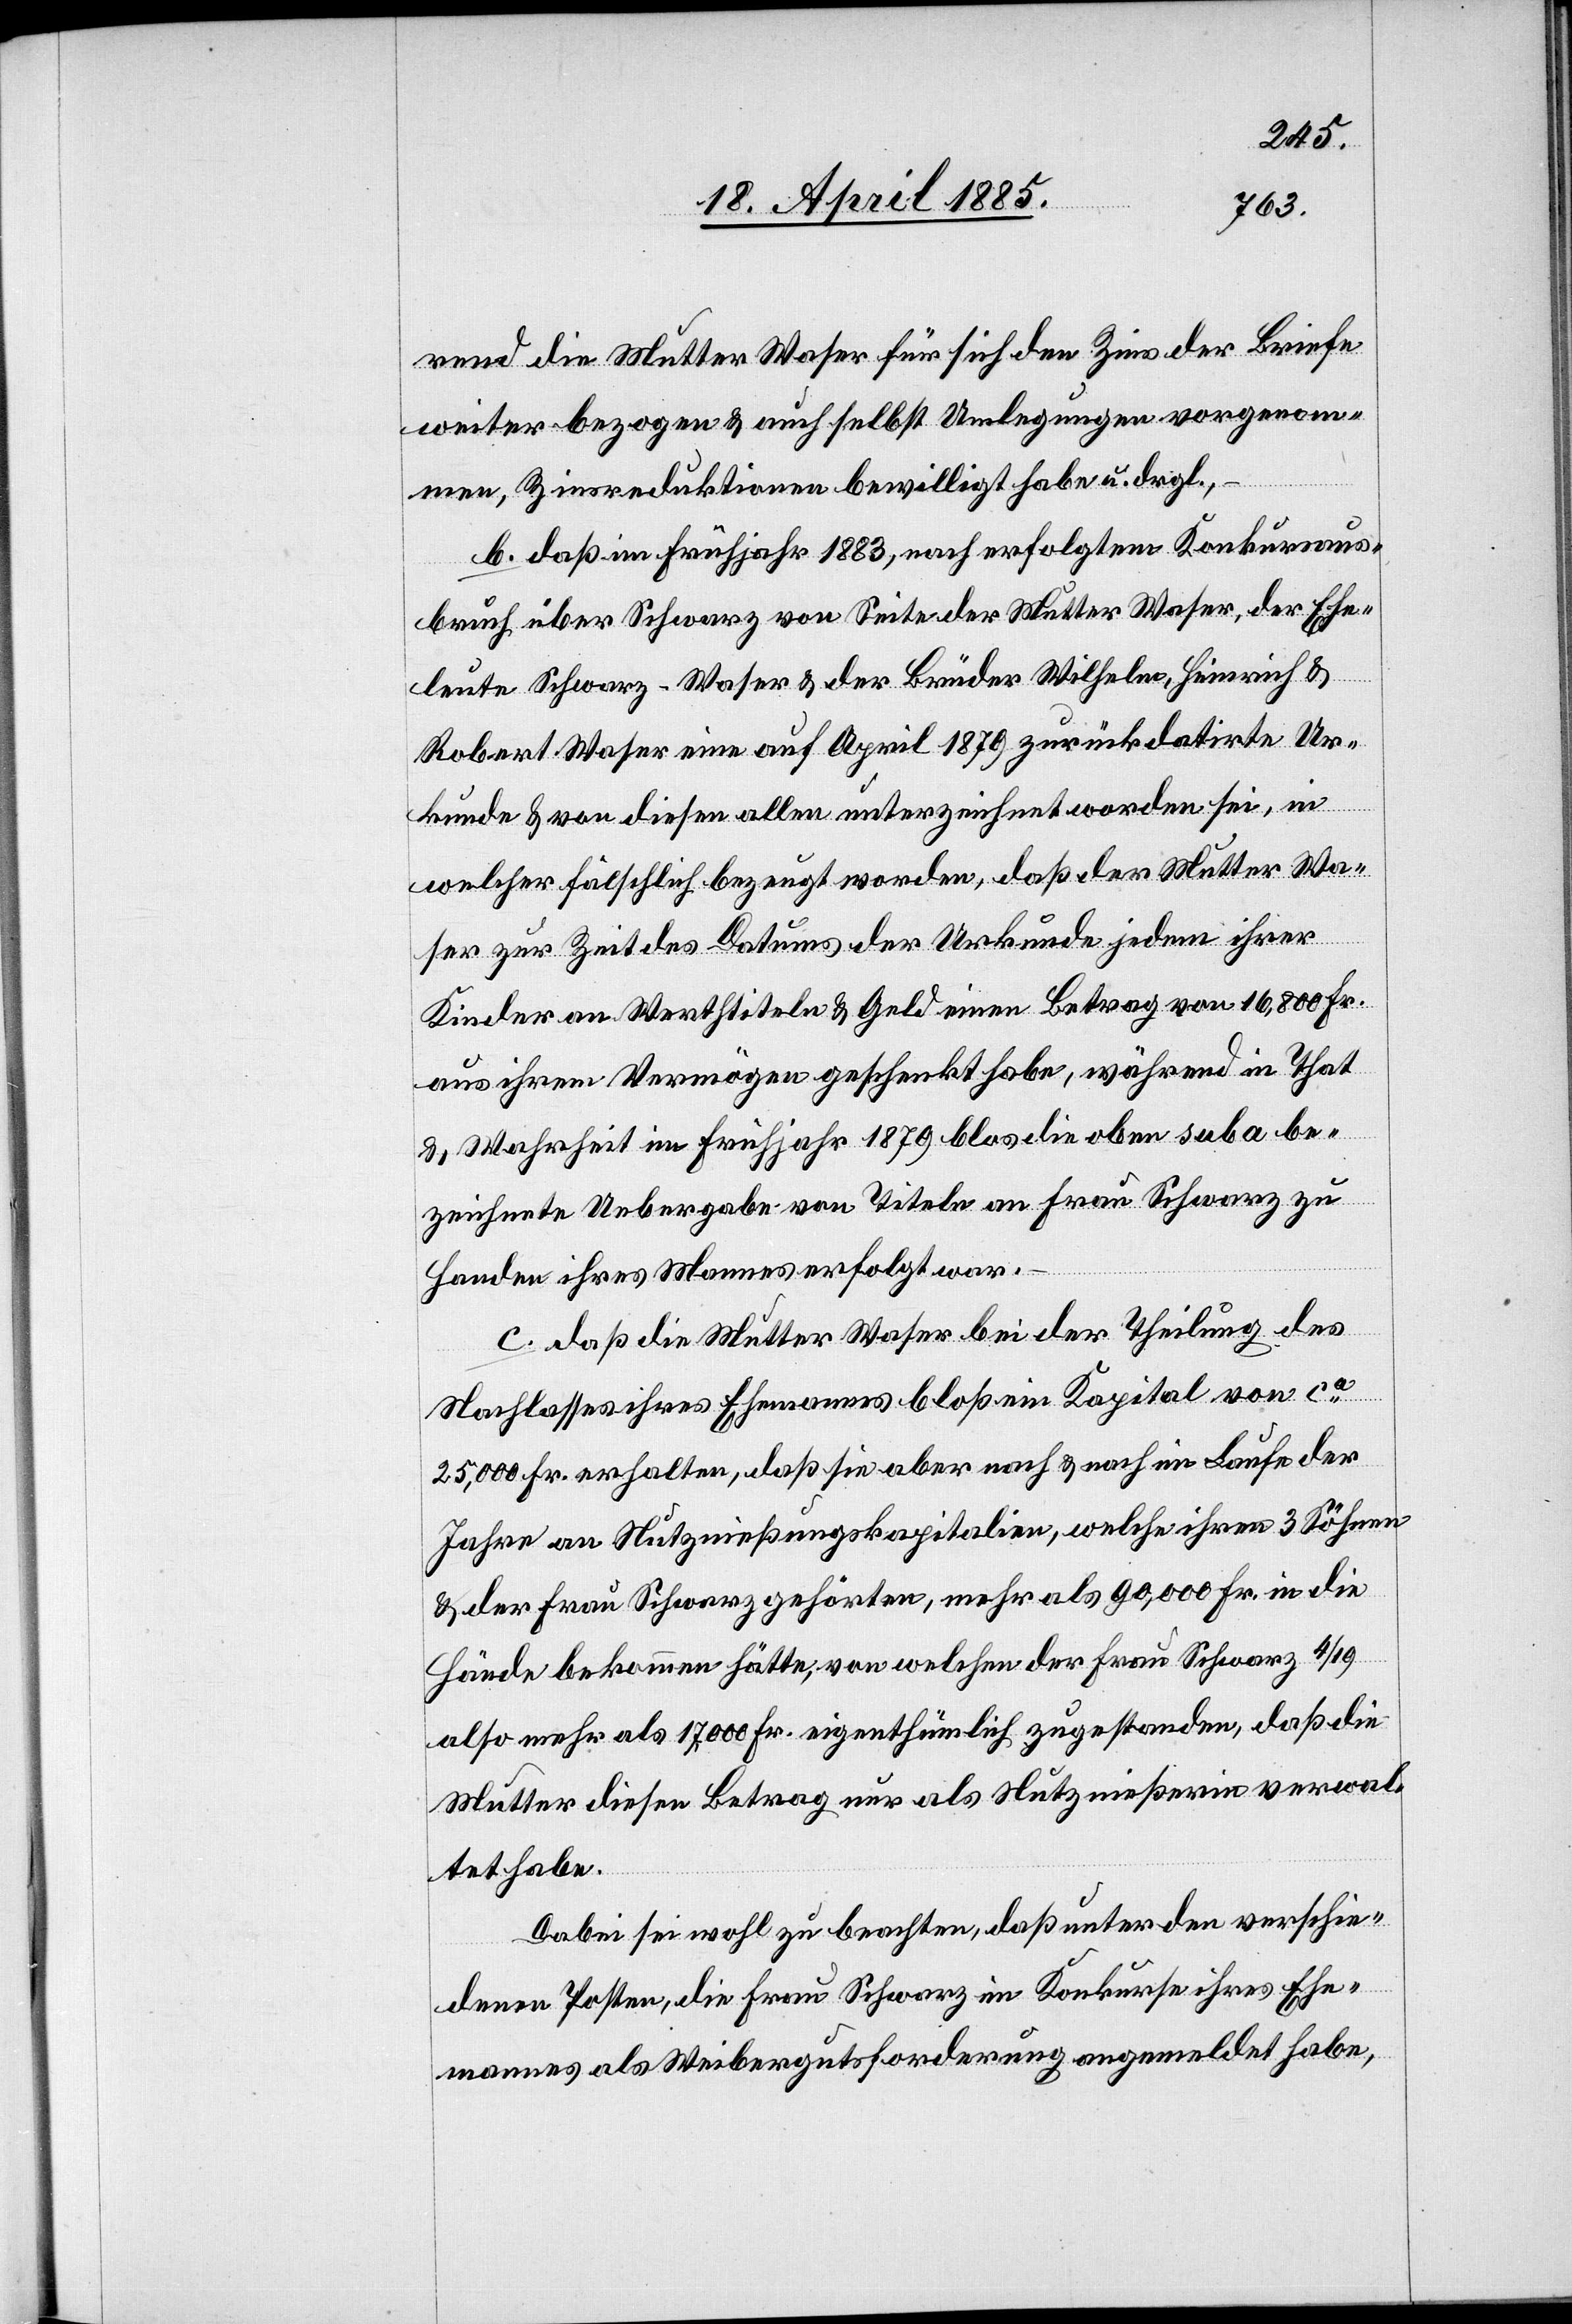
rend die Mutter Waser für sich den Zins der Briefe
weiter bezogen & auch selbst Umlegungen vorgenom¬
men, Zinsreduktionen bewilligt habe u. drgl.,
b. daß im Frühjahr 1883, nach erfolgtem Konkursaus¬
bruch über Schwarz von Seite der Mutter Waser, der Ehe¬
leute Schwarz-Waser & der Brüder Wilhelm Heinrich &
Robert Waser eine auf April 1879 zurückdatirte Ur¬
kunde & von diesen allen unterzeichnet worden sei, in
welcher fälschlich bezeugt worden, daß der Mutter Wa¬
ser zur Zeit des Datums der Urkunde jedem ihrer
Kinder an Werthtiteln & Geld einen Betrag von 16,800 Fr.
aus ihrem Vermögen geschenkt habe, während in That
& Wahrheit im Frühjahr 1879 blos die oben sub a be¬
zeichnete Uebergabe von Titeln an Frau Schwarz zu
Handen ihres Mannes erfolgt war,
c. daß die Mutter Waser bei der Theilung des
Nachlasses ihres Ehemannes bloß ein Kapital von ca
25,000 Fr. erhalten, daß sie aber nach & nach im Laufe der
Jahre an Nutznießungskapitalien, welche ihren 3 Söhnen
& der Frau Schwarz gehörten, mehr als 90,000 Fr. in die
Hände bekommen hätte, von welchen der Frau Schwarz 4/19
also mehr als 17,000 Fr. eigenthümlich zugestanden, daß die
Mutter diesen Betrag nur als Nutznießerin verwal¬
tet habe.
Dabei sei wohl zu beachten, das unter den verschie¬
denen Posten, die Frau Schwarz im Konkurse ihres Ehe¬
mannes als Weibergutsforderung angemeldet habe,